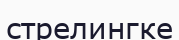
стрелингке